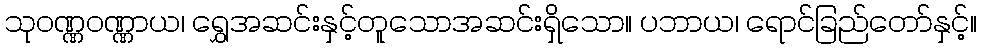
သုဝဏ္ဏဝဏ္ဏာယ၊ ရွှေအဆင်းနှင့်တူသောအဆင်းရှိသော။ ပဘာယ၊ ရောင်ခြည်တော်နှင့်။